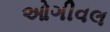
ઓગીવલ